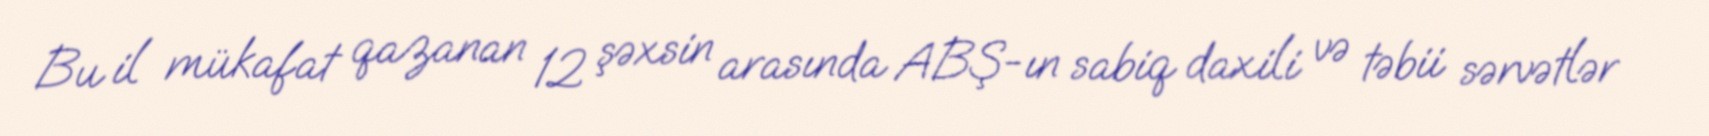
Bu il mükafat qazanan 12 şəxsin arasında ABŞ-ın sabiq daxili və təbii sərvətlər